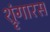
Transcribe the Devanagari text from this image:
श्रृंगारस